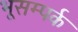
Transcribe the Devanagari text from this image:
भूसम्पर्क